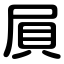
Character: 屓